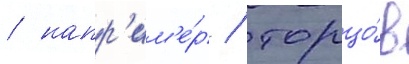
/ напр'им'е́р / торцо́в